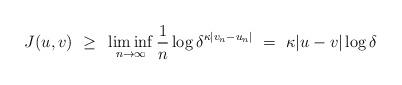
LaTeX: \begin{align*}J(u,v) ~\geq~ \liminf_{n\to\infty} \frac{1}{n} \log \delta^{\kappa|v_n-u_n|} ~=~ \kappa |u-v| \log\delta \end{align*}